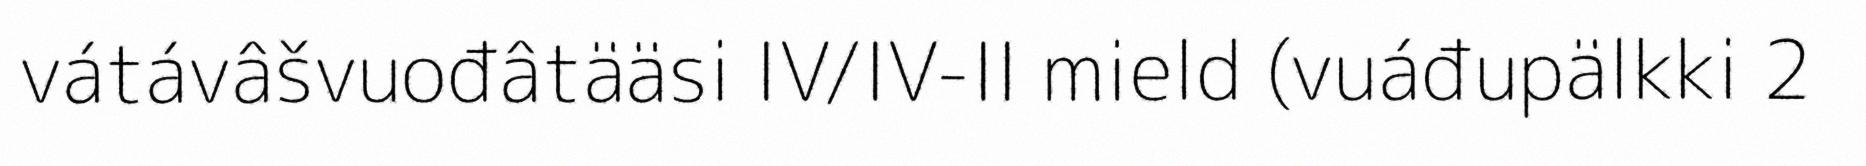
vátávâšvuođâtääsi IV/IV-II mield (vuáđupälkki 2